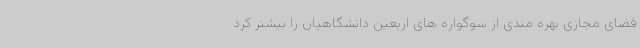
فضای مجازی بهره مندی از سوگواره های اربعین دانشگاهیان را بیشتر کرد